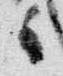
々